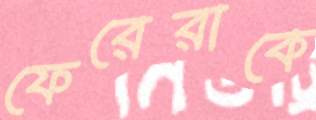
ফেরেরাকে